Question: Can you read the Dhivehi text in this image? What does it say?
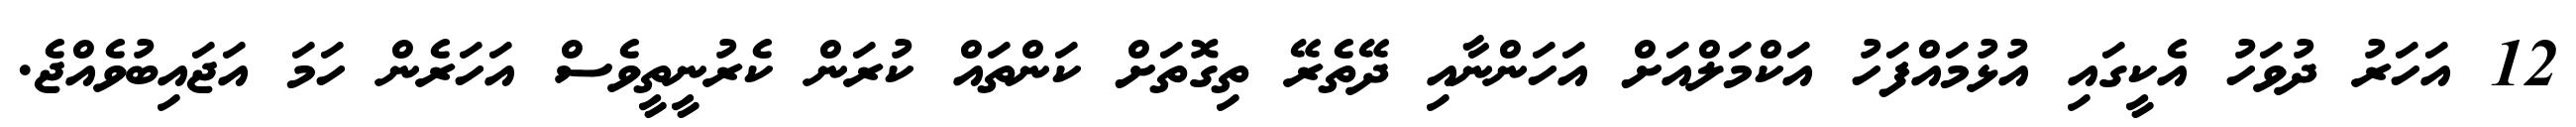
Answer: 12 އަހަރު ދުވަހު އެކީގައި އުޅުމައްފަހު އަކްމަލްއަށް އަހަންނާއި ދޭތެރޭ ތިގޮތަށް ކަންތައް ކުރަން ކެރުނީތީވެސް އަހަރެން ހަމަ އަޖައިބުވެއްޖެ.